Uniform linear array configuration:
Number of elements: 64
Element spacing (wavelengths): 0.25
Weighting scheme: exponential
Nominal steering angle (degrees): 60
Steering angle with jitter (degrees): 58.83
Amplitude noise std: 0.05
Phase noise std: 0.05

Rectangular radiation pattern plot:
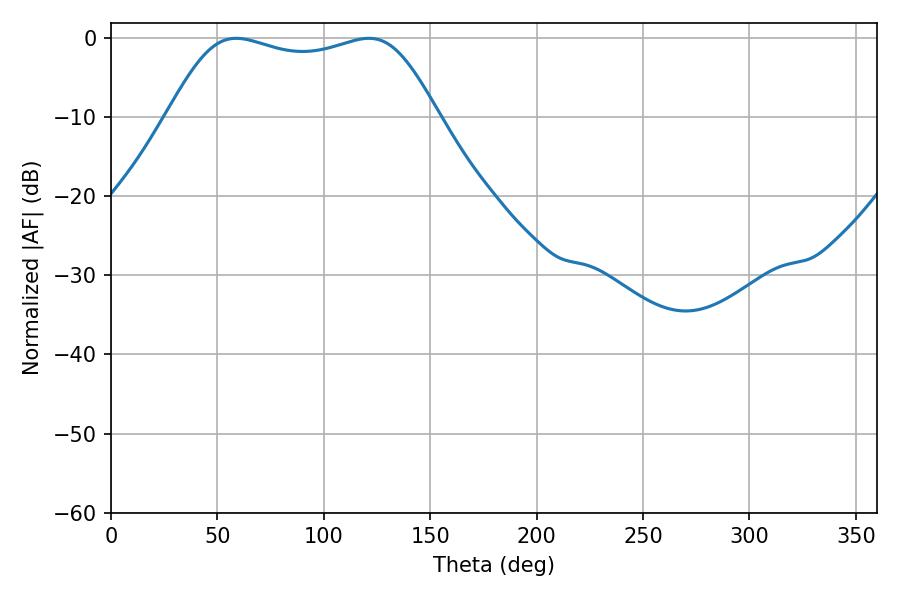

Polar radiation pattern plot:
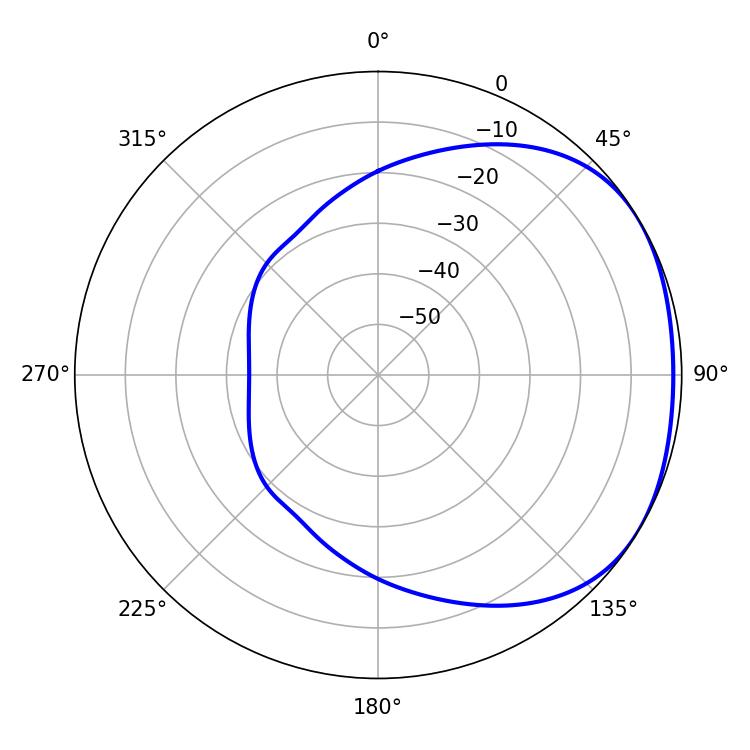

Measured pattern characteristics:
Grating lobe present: FALSE
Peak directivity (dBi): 1.772
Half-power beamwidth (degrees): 97.92
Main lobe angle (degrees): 58.86